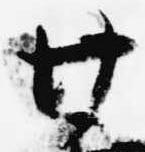
廿